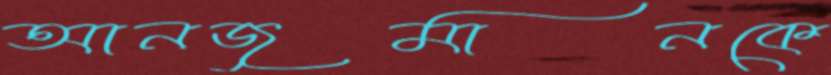
আনজুমানকে